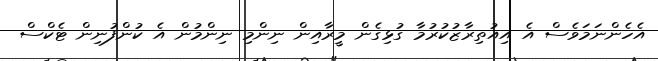
އެހެންނަމަވެސް އެ އިއުތިރާޒުކުރުމާ ގުޅިގެން މީރާއިން ނިންމި ނިންމުން އެ ކުންފުނިން ޓެކްސް